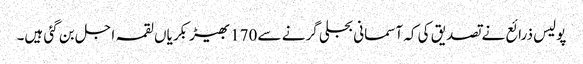
پولیس ذرائع نے تصدیق کی کہ آسمانی بجلی گرنے سے 170بھیڑ بکریاں لقمہ اجل بن گئی ہیں۔